Civil Veterinary Department Bihar reports 1940-50 - 1940-1950
Year: 1940
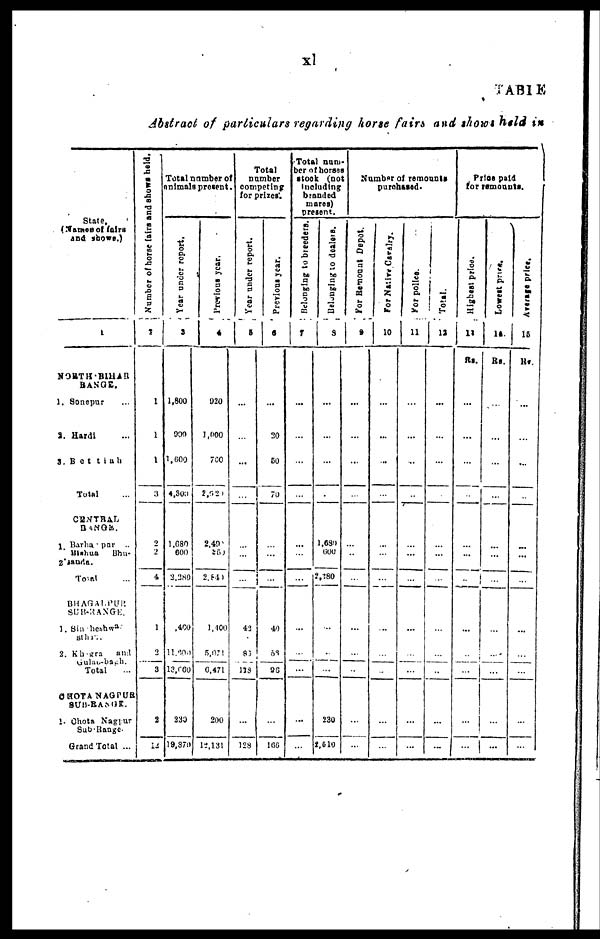
TABLE
Abstract of particulars regarding horse fairs and shows held in
Stale,
(Name
of fairs
and shows.)
1
NORTH
BlHAR
RANGE.
1. Sonepur ...
2. Hardi ...
3. Bottiah
Total ...
CENTRAL
RANGE.
1 Bhagalpur ..
mahua
Bha-
2. Tauda
Total ...
BHAGALPUR
SUB-RANGE.
1. Sin heshwa
Sthr..
2. Khagra and
Gulambksh
Total ...
CHOTA NAGPUR
SUB-RANGE.
1. Chata Nagpur
Sab-Range.
Grand Total ...
Number of horse fairs and shows held.
2
1
1
3
2
1
4
1
2
3
2
12
Total number of
animals present.
Year under report.
3
1,600
900
1,609
4,800
1,680
600
2,280
400
11,600.
13,660
230
19,870
Previous year.
4
920
1,000
700
2,621
2, 40
809
2,840
1,400
5,071
6,471
200
12,131
Total
Dumber
competing
for prizes.
Year under report.
Previous year.
5
...
...
...
...
...
...
...
42
83
118
...
128
6
...
20
50
70
...
...
...
40
58
26
...
166
Total num
ber of horses
stock (not
including
branded
mares)
present.
Belonging
to breeders.
7
...
...
...
...
...
...
...
...
...
...
...
...
Belonging to doalers.
8
...
...
...
...
l,680
600
?,?80
...
...
..
230
2,619
Number
of remounts
purchased.
For Remount Depot
9
...
...
...
...
...
...
...
...
...
...
...
...
For Native Cavalry
10
...
...
...
...
...
...
...
...
...
...
...
...
For police.
11
...
...
...
...
...
...
...
...
...
... |
...
...
Total.
12
...
...
...
...
...
...
...
...
...
...
...
...
Price paid
for remounts.
Highest price.
13
Rs.
...
...
...
...
...
...
...
...
...
...
...
...
Lowest price.
14
Rs.
...
...
...
...
...
...
...
...
...
...
...
...
Average price.
15
Rs.
...